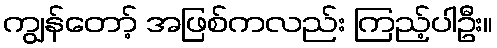
ကျွန်တော့် အဖြစ်ကလည်း ကြည့်ပါဦး။